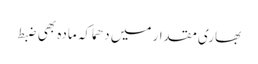
بھاری مقدار میں دھماکہ مادہ بھی ضبط